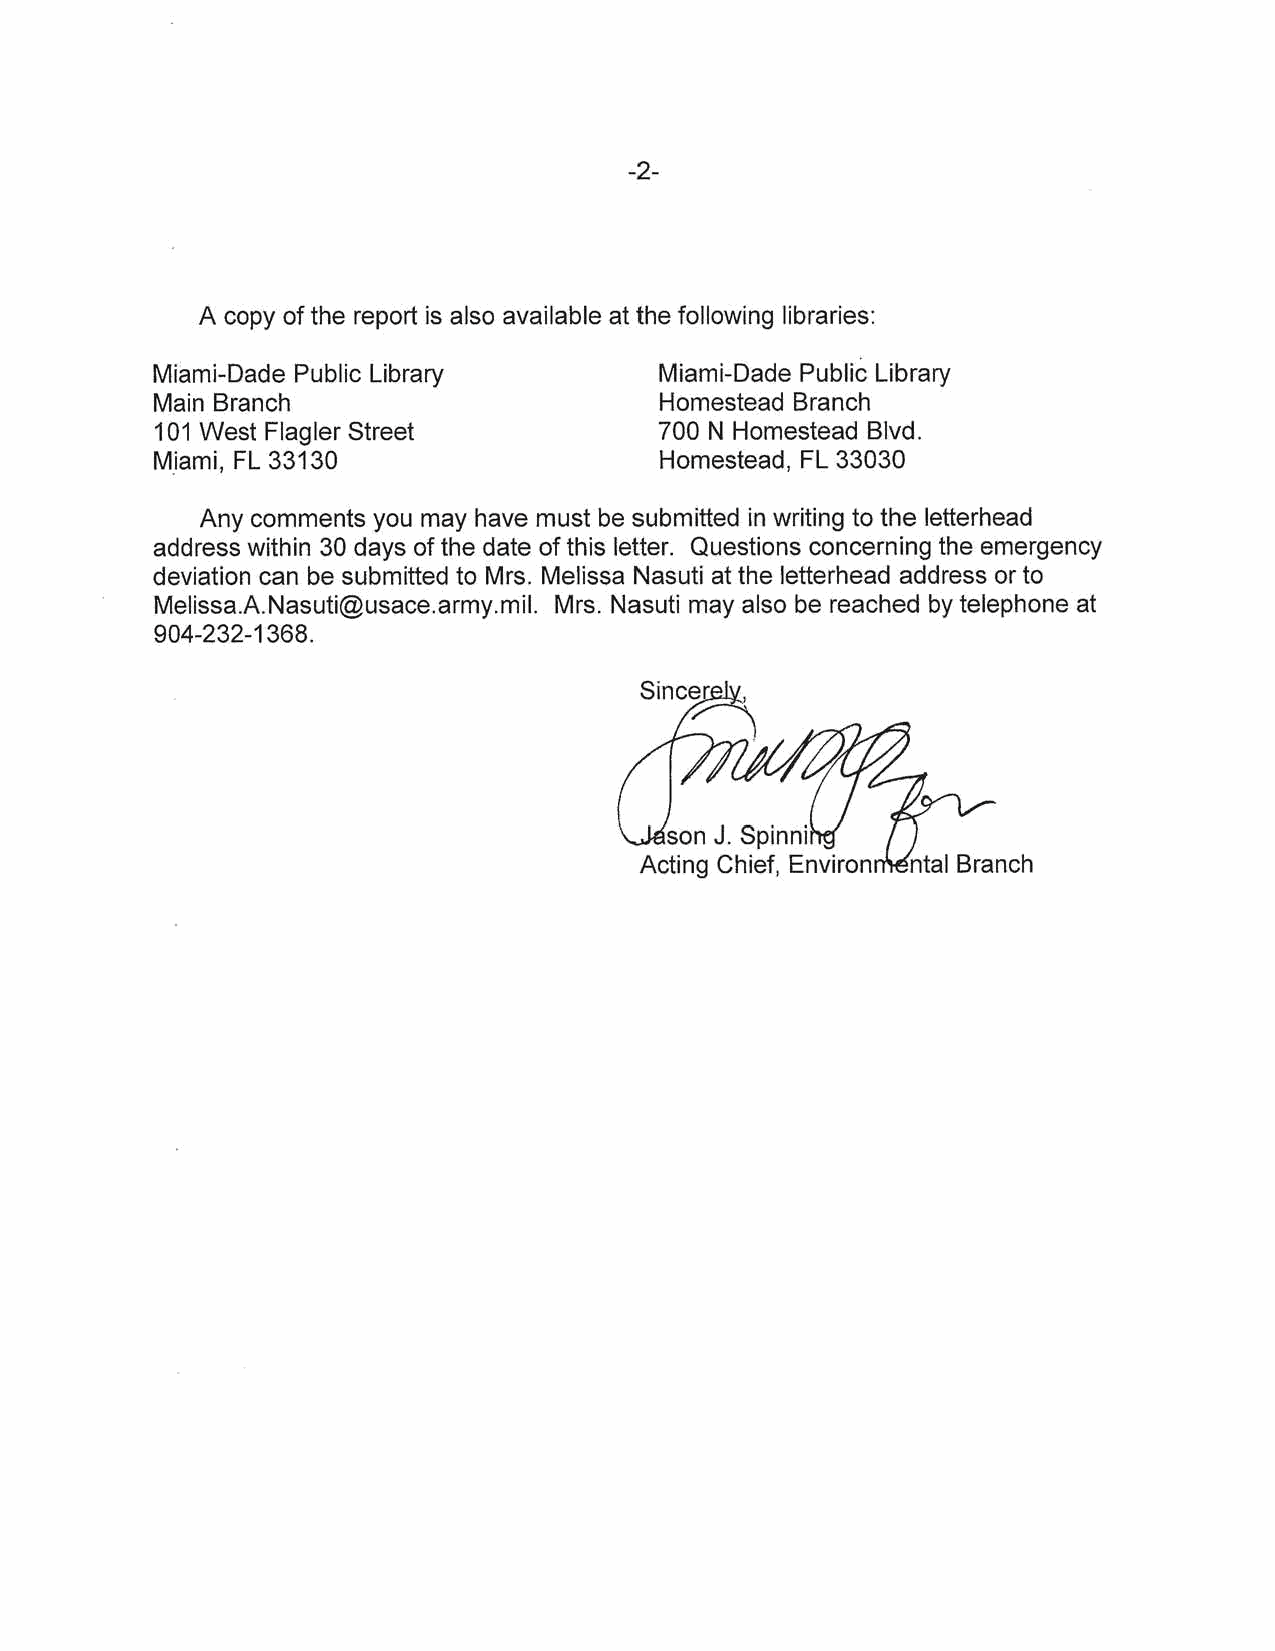
-2­
 A copy of the report is also available at the following libraries:
 Miami-Dade Public Library         Miami-Dade Public Library
 Main Branch                       Homestead Branch
 101 West Flagler Street           700 N Homestead Blvd.
 M.iami, FL 33130                  Homestead, FL 33030
 Any comments you may have must be submitted in writing to the letterhead
 address within 30 days of the date of this letter. Questions concerning the emergency
 deviation can be submitted to Mrs. Melissa Nasuti at the letterhead address or to
 Melissa.A.Nasuti@usace.army.mil. Mrs. Nasuti may also be reached by telephone at
 904-232-1368.
 son J. Spinni
 Acting Chief, Environ